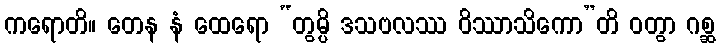
ကရောတိ။ တေန နံ ထေရော “တွမ္ပိ ဒသဗလဿ ဝိဿာသိကော”တိ ဝတွာ ဂစ္ဆ